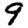
Digit: 9